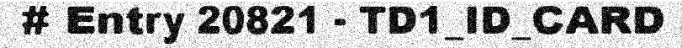
# Entry 20821 - TD1_ID_CARD